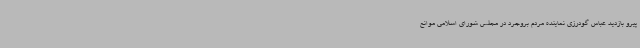
پیرو بازدید عباس گودرزی نماینده مردم بروجرد در مجلس شورای اسلامی موانع